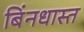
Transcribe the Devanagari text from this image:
बिंनधास्त